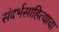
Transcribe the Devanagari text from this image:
संदर्भसाहित्याचा